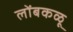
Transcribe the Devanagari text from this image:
लोंबकळू